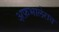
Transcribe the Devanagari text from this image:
अ़फ़भालेराव